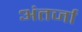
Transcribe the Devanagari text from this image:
अंतर्जा